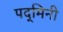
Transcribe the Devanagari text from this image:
पद्‌मिनी